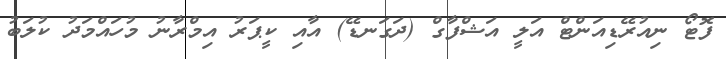
ފޮޓޯ ނިއުރޭޑިއަންޓް އަލީ އަޝްފާގް (ދަގަނޑޭ) އާއި ކީޕަރު އިމްރާނު މުހައްމަދު ކުލަބު